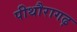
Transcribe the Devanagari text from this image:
पीथौरागढ़